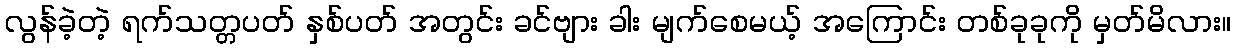
လွန်ခဲ့တဲ့ ရက်သတ္တပတ် နှစ်ပတ် အတွင်း ခင်ဗျား ခါး မျက်စေမယ့် အကြောင်း တစ်ခုခုကို မှတ်မိလား။